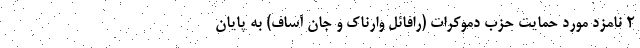
2 نامزد مورد حمایت حزب دموکرات (رافائل وارناک و جان آساف) به پایان